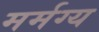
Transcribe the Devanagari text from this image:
मर्मग्य